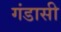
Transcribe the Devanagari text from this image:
गंडासी